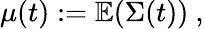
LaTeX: \begin{array}{r}{\mu(t):=\mathbb{E}(\Sigma(t))\ ,}\end{array}